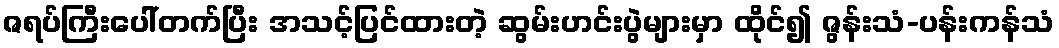
ဇရပ်ကြီးပေါ်တက်ပြီး အသင့်ပြင်ထားတဲ့ ဆွမ်းဟင်းပွဲများမှာ ထိုင်၍ ဇွန်းသံ-ပန်းကန်သံ